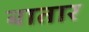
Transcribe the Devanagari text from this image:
बातार